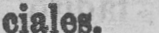
ciales.